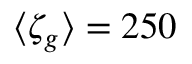
\langle \zeta _ { g } \rangle = 2 5 0